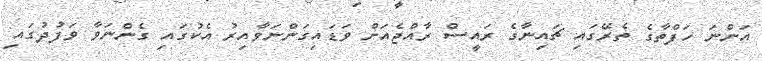
އަންނަ ހަފްތާގެ ތެރޭގައި ޗައިނާގެ ރައީސް ރާއްޖެއަށް ވަޑައިގަންނަވާއިރު އެކުގައި ގެންނަވާ ވަފުދުގައި